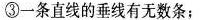
③一条直线的垂线有无数条；